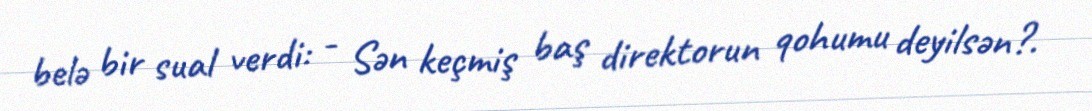
belə bir sual verdi: - Sən keçmiş baş direktorun qohumu deyilsən?.